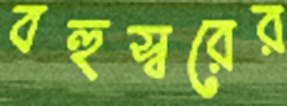
বহুস্বরের